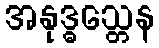
အနုဒ္ဓသ္တေန